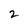
Character: 2